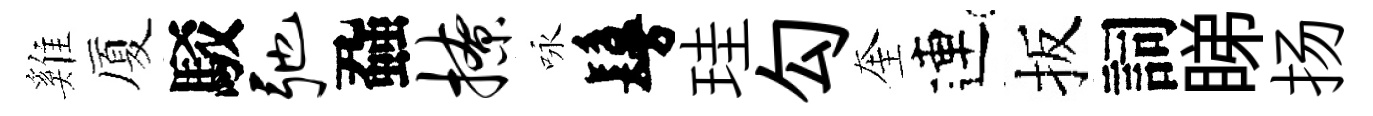
雞厦駁弛蝨撩咏鬘珪勾奎連扳詞睇扬